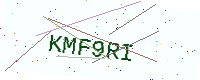
Text: KMF9RI